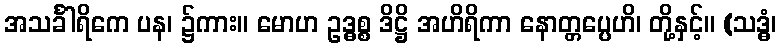
အသင်္ခါရိကေ ပန၊ ၌ကား။ မောဟ ဥဒ္ဓစ္စ ဒိဋ္ဌိ အဟိရိကာ နောတ္တပ္ပေဟိ၊ တို့နှင့်။ (သဒ္ဓံ၊